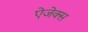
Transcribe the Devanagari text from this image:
ऐजेक्स